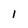
Character: 1